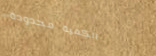
الكمية محدودة